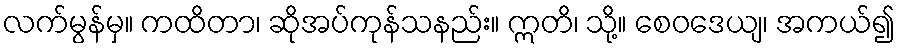
လက်မွန်မှ။ ကထိတာ၊ ဆိုအပ်ကုန်သနည်း။ ဣတိ၊ သို့။ စေဝဒေယျ၊ အကယ်၍